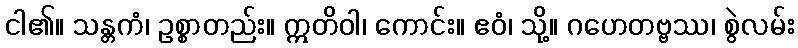
ငါ၏။ သန္တကံ၊ ဥစ္စာတည်း။ ဣတိဝါ၊ ကောင်း။ ဧဝံ၊ သို့။ ဂဟေတဗ္ဗဿ၊ စွဲလမ်း